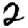
Digit: 2